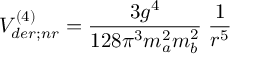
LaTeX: V _ { d e r ; n r } ^ { ( 4 ) } = \frac { 3 g ^ { 4 } } { 1 2 8 \pi ^ { 3 } m _ { a } ^ { 2 } m _ { b } ^ { 2 } } \; \frac { 1 } { r ^ { 5 } }